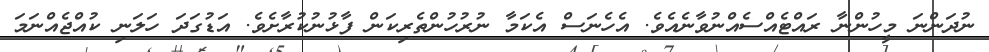
ނުދަންނަ މީހުންނާ ރައްޓެއްސެއްނުވާނެއެވެ. އެހެނަސް އެކަމާ ނުރުހުންތެރިކަން ފާޅުނުކުރާށެވެ. އަޑުގަދަ ހަލަނި ކުއްޖެއްނަމަ